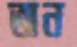
অন